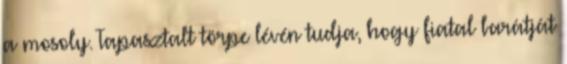
a mosoly. Tapasztalt törpe lévén tudja, hogy fiatal barátját